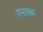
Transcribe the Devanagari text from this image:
गनतब्य